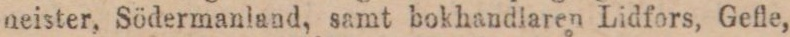
heister, Södermanland, samt bokhandlaren Lidfors, Gefle,